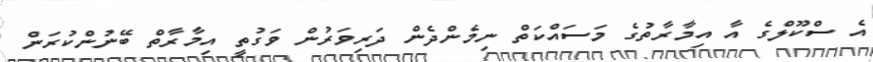
އެ ސްކޫލްގެ އާ އިމާރާތުގެ މަސައްކަތް ނިމެންދެން ދަރިވަރުން ވަގުތީ އިމާރާތް ބޭނުންކުރަން